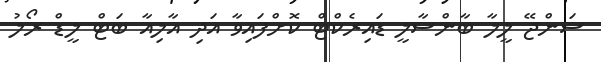
ސަންޖޭ ލީލާ ބާންސާލީ ޑައިރެކްޓް ކޮށްފައިވާ އަދި އާލިއާ ބަޓް ލީޑް ރޯލު